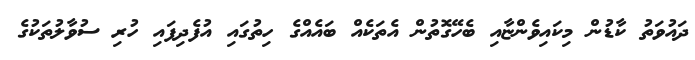
ދައުވަތު ކާޑުން މިކައިވެންޏާއި ބެހޭގޮތުން އެތަކެއް ބައެއްގެ ހިތުގައި އުފެދިފައި ހުރި ސުވާލުތަކުގެ